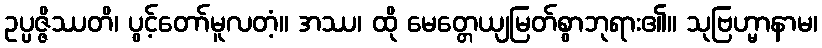
ဥပ္ပဇ္ဇိဿတိ၊ ပွင့်တော်မူလတံ့။ အဿ၊ ထို မေတ္တေယျမြတ်စွာဘုရား၏။ သုဗြဟ္မာနာမ၊